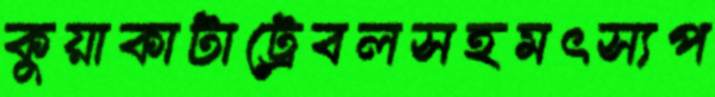
কুয়াকাটাট্রেবলসহমৎস্যপ